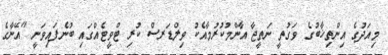
މިއަދުގެ އިންތިޚާބުގެ ވަގުތީ ނަތީޖާ އާންމުކުރުމާއެކު ވިލްޑަރސް ކުރި ޓްވީޓެއްގައި ބުނެފައިވަނީ "އޭނާގެ